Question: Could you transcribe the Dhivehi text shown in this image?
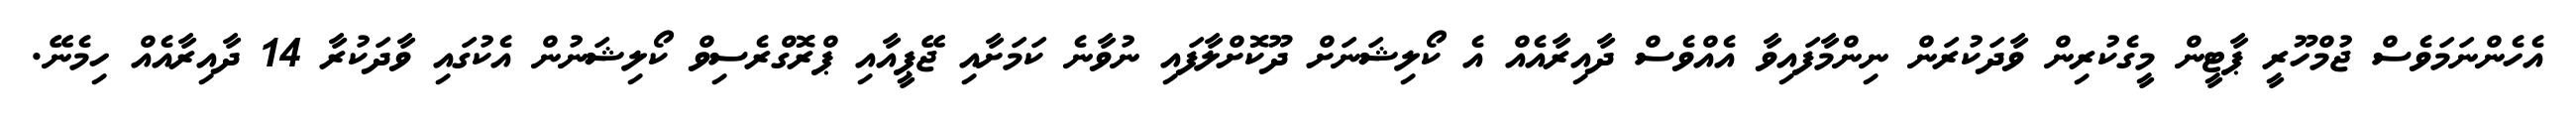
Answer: އެހެންނަމަވެސް ޖުމްހޫރީ ޕާޓީން މީގެކުރިން ވާދަކުރަން ނިންމާފައިވާ އެއްވެސް ދާއިރާއެއް އެ ކޯލިޝަނަށް ދޫކޮށްލާފައި ނުވާނެ ކަމަށާއި ޖޭޕީއާއި ޕްރޮގްރެސިވް ކޯލިޝަނުން އެކުގައި ވާދަކުރާ 14 ދާއިރާއެއް ހިމެނޭ.